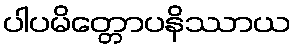
ပါပမိတ္တောပနိဿာယ